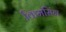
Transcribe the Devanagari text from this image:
किमसिंग